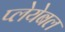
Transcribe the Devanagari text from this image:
प्लेयेबल